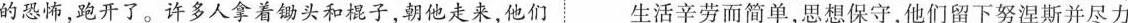
的恐怖，跑开了。许多人拿着锄头和棍子，朝他走来，他们生活辛劳而简单，思想保守，他们留下努涅斯并尽力